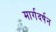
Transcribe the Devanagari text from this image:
मार्गदर्षन